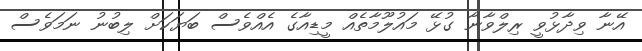
އޭނާ ވިދާޅުވީ ރިލްވާނާ ގުޅޭ މައުލޫމާތެއް މީޑިއާގެ އެއްވެސް ބަޔަކަށް ލިބުނު ނަމަވެސް